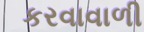
કરવાવાળી